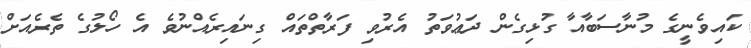
ކައިވެނީގެ މުނާސަބާއާ ގުޅިގެން ދަޢުވަތު އެރުވި ފަރާތްތައް ގިނައިރެއްނުވެ އެ ހޯލުގެ ތެރެއަށް